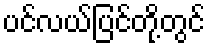
ပင်လယ်ပြင်တို့တွင်